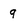
Character: 9